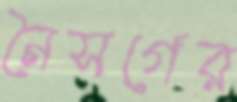
নৈসর্গের